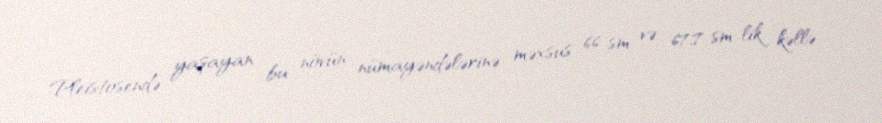
Pleistosendə yaşayan bu növün nümayəndələrinə məxsus 66 sm və 67,7 sm-lik kəllə